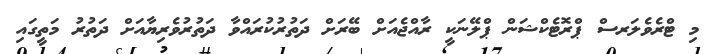
މި ޓްރެވެލަރސް ޕްރޮޓެކްޝަން ޕްލޭނަކީ ރާއްޖެއަށް ބޭރަށް ދަތުރުކުރައްވާ ދަތުރުވެރިޔާއަށް ދަތުރު މަތީގައި